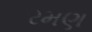
રમણ